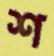
শ